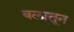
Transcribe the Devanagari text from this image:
बलातून